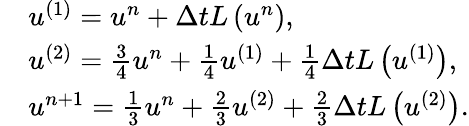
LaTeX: \begin{array}{rl}&{u^{(1)}=u^{n}+\Delta tL\left(u^{n}\right),}\\ &{u^{(2)}=\frac{3}{4}u^{n}+\frac{1}{4}u^{(1)}+\frac{1}{4}\Delta tL\left(u^{(1)}\right),}\\ &{u^{n+1}=\frac{1}{3}u^{n}+\frac{2}{3}u^{(2)}+\frac{2}{3}\Delta tL\left(u^{(2)}\right).}\end{array}